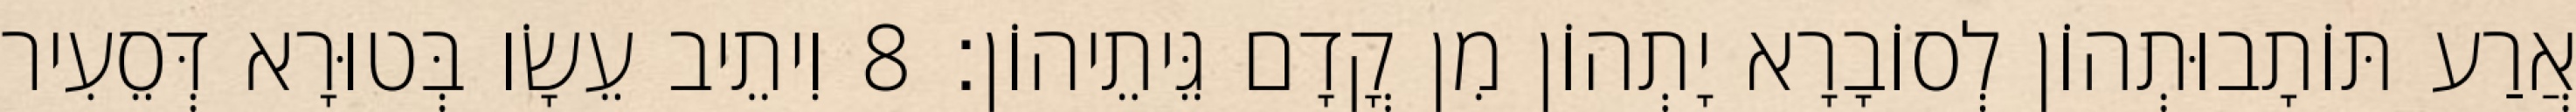
אֲרַע תּוֹתָבוּתְהוֹן לְסוֹבָרָא יָתְהוֹן מִן קֳדָם גֵּיתֵיהוֹן׃ 8 וִיתֵיב עֵשָׂו בְּטוּרָא דְּסֵעִיר